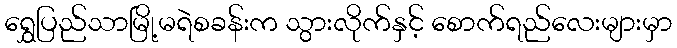
ရွှေပြည်သာမြို့မရဲစခန်းက သွားလိုက်နှင့် စောက်ရည်လေးများမှာ